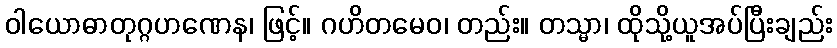
ဝါယောဓာတုဂ္ဂဟဏေန၊ ဖြင့်။ ဂဟိတမေဝ၊ တည်း။ တသ္မာ၊ ထိုသို့ယူအပ်ပြီးချည်း